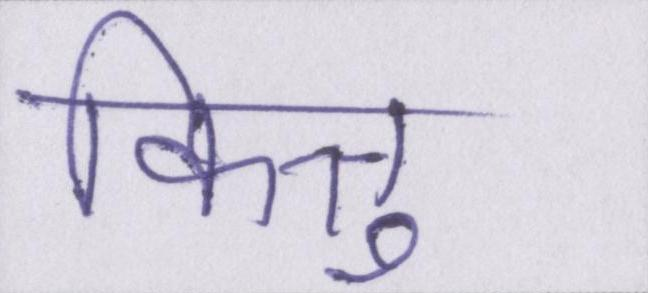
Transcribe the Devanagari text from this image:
किन्तु